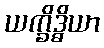
ယက္ခိဒ္ဓိယာ